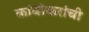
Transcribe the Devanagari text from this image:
कांबीकरांची